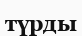
түрды